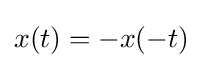
x(t)=-x(-t)